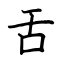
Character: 舌